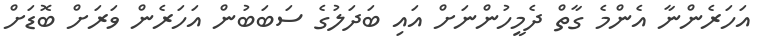
އަހަރެންނާ އެންމެ ގާތް ދެމީހުންނަށް އައި ބަދަލުގެ ސަބަބުން އަހަރެން ވަރަށް ބޮޑަށް